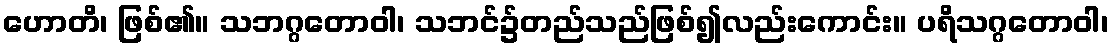
ဟောတိ၊ ဖြစ်၏။ သဘဂ္ဂတောဝါ၊ သဘင်၌တည်သည်ဖြစ်၍လည်းကောင်း။ ပရိသဂ္ဂတောဝါ၊